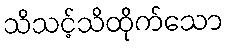
သိသင့်သိထိုက်သော